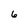
Character: 6